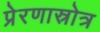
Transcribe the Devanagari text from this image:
प्रेरणास्रोत्र